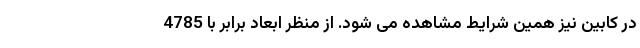
در کابین نیز همین شرایط مشاهده می شود. از منظر ابعاد برابر با 4785